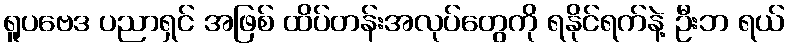
ရူပဗေဒ ပညာရှင် အဖြစ် ထိပ်တန်းအလုပ်တွေကို ရနိုင်ရက်နဲ့ ဦးဘ ရယ်